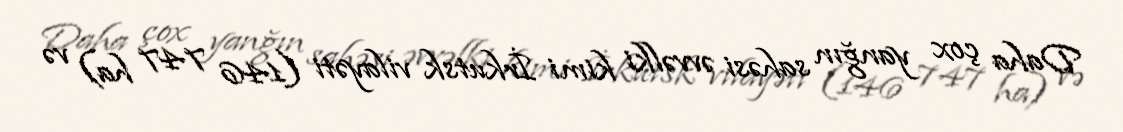
Daha çox yanğın sahəsi əvvəlki kimi İrkutsk vilayəti (146 747 ha) və